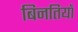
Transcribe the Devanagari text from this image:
बिनतियाँ